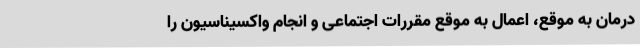
درمان به موقع، اعمال به موقع مقررات اجتماعی و انجام واکسیناسیون را